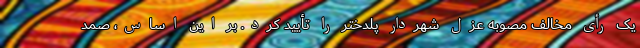
یک رأی مخالف مصوبه عزل شهردار پلدختر را تأیید کرد. بر این اساس، صمد